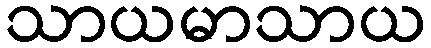
သာယမာသာယ